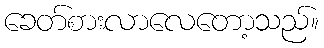
ခေတ်စားလာလေတော့သည်။